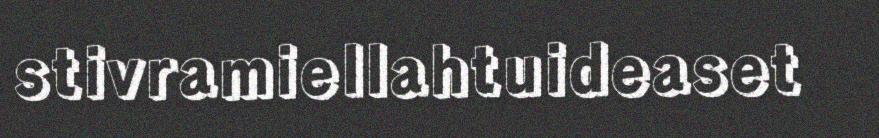
stivramiellahtuideaset